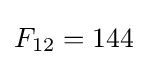
F_{12}=144